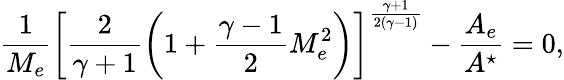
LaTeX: \frac{1}{M_{e}}\left[\frac{2}{\gamma+1}\left(1+\frac{\gamma-1}{2}M_{e}^{2}\right)\right]^{\frac{\gamma+1}{2(\gamma-1)}}-\frac{A_{e}}{A^{\star}}=0,